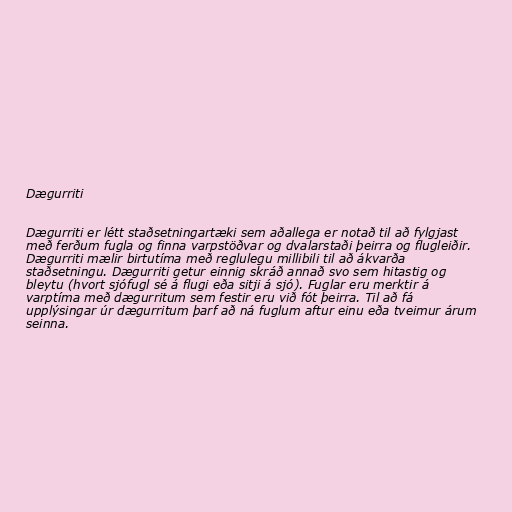
Dægurriti

Dægurriti er létt staðsetningartæki sem aðallega er notað til að fylgjast
með ferðum fugla og finna varpstöðvar og dvalarstaði þeirra og flugleiðir.
Dægurriti mælir birtutíma með reglulegu millibili til að ákvarða
staðsetningu. Dægurriti getur einnig skráð annað svo sem hitastig og
bleytu (hvort sjófugl sé á flugi eða sitji á sjó). Fuglar eru merktir á
varptíma með dægurritum sem festir eru við fót þeirra. Til að fá
upplýsingar úr dægurritum þarf að ná fuglum aftur einu eða tveimur árum
seinna.